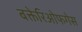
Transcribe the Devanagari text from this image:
बक्तेरिओफगेस